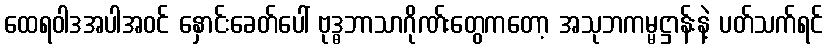
ထေရဝါဒအပါအဝင် နှောင်းခေတ်ပေါ် ဗုဒ္ဓဘာသာဂိုဏ်းတွေကတော့ အသုဘကမ္မဋ္ဌာန်းနဲ့ ပတ်သက်ရင်